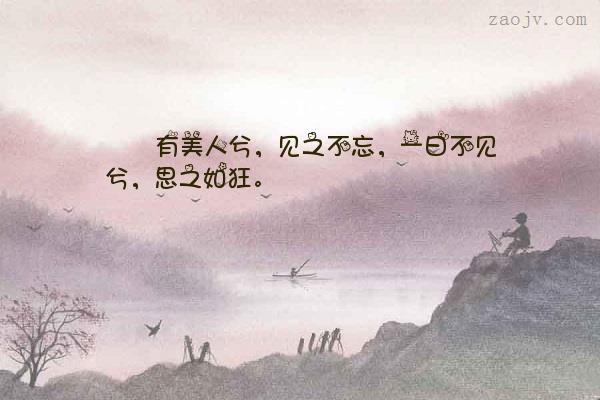
一日不见兮，思之如狂。